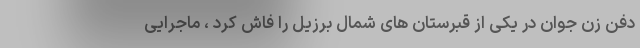
دفن زن جوان در یکی از قبرستان های شمال برزیل را فاش کرد ، ماجرایی